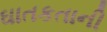
ઘાતકતાની